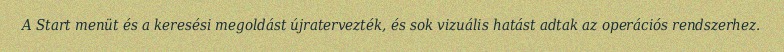
A Start menüt és a keresési megoldást újratervezték, és sok vizuális hatást adtak az operációs rendszerhez.